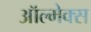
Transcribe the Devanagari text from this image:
ऑल्मेक्स